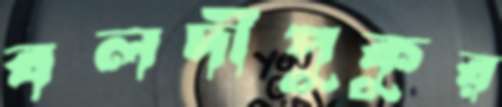
বলদীপুকুর